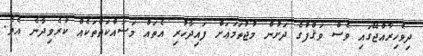
ދިވެހިރާއްޖޭގައި ވެސް ވަޤްފުގެ ދަށުން މުޖުތަމަޢަށް ފައިދާހުރި އެތައް މަސައްކަތްތަކެއް ކުރެވިދާނެ އެވެ.